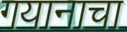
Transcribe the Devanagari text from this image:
गयानाचा